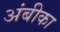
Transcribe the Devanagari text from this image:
अंबीका